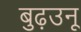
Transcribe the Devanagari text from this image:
बुढ़उनू